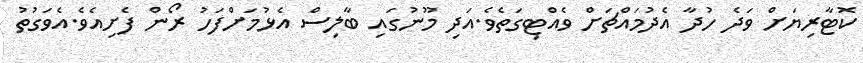
ކޮޓާރިޔަށް ވަދެ ހުދާ އެދުމައްޗަށް ވެއްޓިގަތެވެ.އަދި މޫނުގައި ބާލިސް އެޅުމަށްފަހު ރޯން ފެށިއެވެ.އެވަގުތު